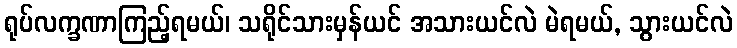
ရုပ်လက္ခဏာကြည့်ရမယ်၊ သရိုင်သားမှန်ယင် အသားယင်လဲ မဲရမယ်, သွားယင်လဲ